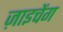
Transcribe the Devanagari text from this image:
ज़ाइचेंग